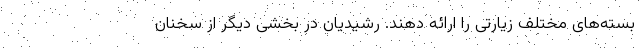
بسته‌های مختلف زیارتی را ارائه دهند. رشیدیان در بخشی دیگر از سخنان